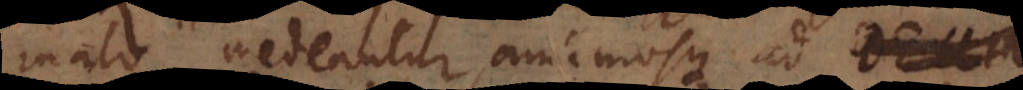
malo medeantur, animosque ad